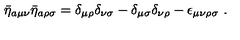
\bar { \eta } _ { a \mu \nu } \bar { \eta } _ { a \rho \sigma } = \delta _ { \mu \rho } \delta _ { \nu \sigma } - \delta _ { \mu \sigma } \delta _ { \nu \rho } - \epsilon _ { \mu \nu \rho \sigma } \ .